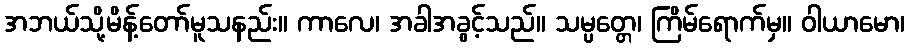
အဘယ်သို့မိန့်တော်မူသနည်း။ ကာလေ၊ အခါအခွင့်သည်။ သမ္ပတ္တေ၊ ကြိမ်ရောက်မှ။ ဝါယာမော၊